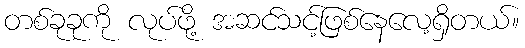
တစ်ခုခုကို လုပ်ဖို့ အဆင်သင့်ဖြစ်နေလေ့ရှိတယ်။